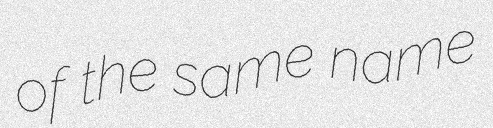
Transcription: of the same name